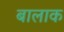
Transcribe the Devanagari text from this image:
बालाक